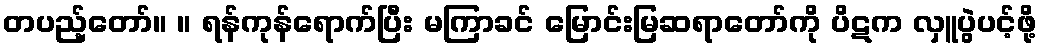
တပည့်တော်။ ။ ရန်ကုန်ရောက်ပြီး မကြာခင် မြောင်းမြဆရာတော်ကို ပိဋက လှူပွဲပင့်ဖို့